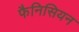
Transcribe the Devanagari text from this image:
फैनिसियन